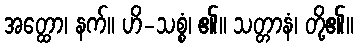
အတ္ထော၊ နက်။ ဟိ-သစ္စံ၊ ၏။ သတ္တာနံ၊ တို့၏။